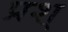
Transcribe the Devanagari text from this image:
प्रश्